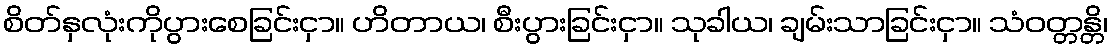
စိတ်နှလုံးကိုပွားစေခြင်းငှာ။ ဟိတာယ၊ စီးပွားခြင်းငှာ။ သုခါယ၊ ချမ်းသာခြင်းငှာ။ သံဝတ္တန္တိ၊